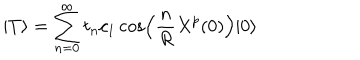
| T \rangle = \sum _ { n = 0 } ^ { \infty } t _ { n } c _ { 1 } \cos \left( \frac { n } { R } X ^ { p } ( 0 ) \right) | 0 \rangle